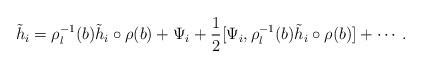
LaTeX: \begin{align*}\tilde{h}_i = \rho_l^{-1}(b) \tilde{h}_i \circ \rho(b) +\Psi_i + \frac{1}{2}[\Psi_i , \rho_l^{-1}(b) \tilde{h}_i \circ \rho(b)] + \cdots .\end{align*}